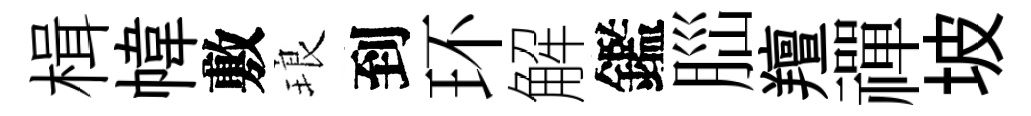
楫幃敷琅到环解鑑𦛁羶禪坡